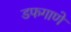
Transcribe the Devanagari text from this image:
डफगाणे